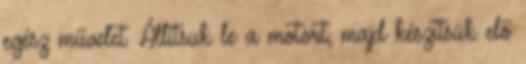
egész művelet. Állítsuk le a motort, majd készítsük elő